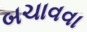
બચાવવા